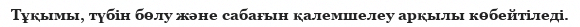
Тұқымы, түбін бөлу және сабағын қалемшелеу арқылы көбейтіледі.